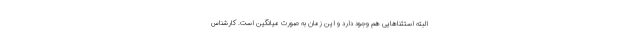
البته استثناهایی هم وجود دارد و این زمان به صورت میانگین است. کارشناس